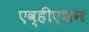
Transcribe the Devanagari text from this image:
एव्हीएशन